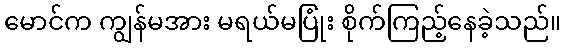
မောင်က ကျွန်မအား မရယ်မပြုံး စိုက်ကြည့်နေခဲ့သည်။